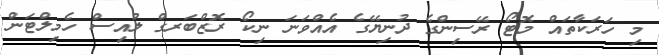
މި ހަރަކާތައް މޮޓޯ ރޭސިންގެ ދުނިޔޭގެ އެއްވަނަ ނިކޯ ރޮޒްބަރގް ލުއިސް ހެމިލްޓަން